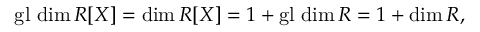
\operatorname { g l } \, \dim R [ X ] = \dim R [ X ] = 1 + \operatorname { g l } \, \dim R = 1 + \dim R ,